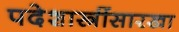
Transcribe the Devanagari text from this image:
पदेशास्त्रींसारखा